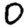
Digit: 0